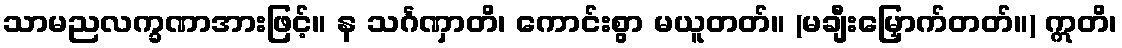
သာမညလက္ခဏာအားဖြင့်။ န သင်္ဂဏှာတိ၊ ကောင်းစွာ မယူတတ်။ (မချီးမြှောက်တတ်။) ဣတိ၊